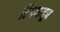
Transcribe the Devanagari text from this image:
रिंगणातून